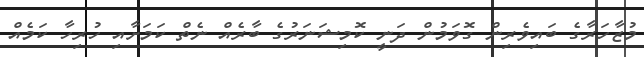
މުޒާހަރާގެ ބައިވެރިން ގޮވަމުން ދަނީ ކޮމިޝަނަރުގެ ބާރެއް ނެތް ކަމަށާއި ހުރިހާ ކަމެއް